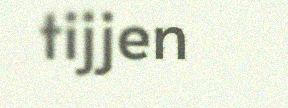
tijjen